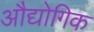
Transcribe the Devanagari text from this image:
औद्योगिक